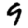
Digit: 9